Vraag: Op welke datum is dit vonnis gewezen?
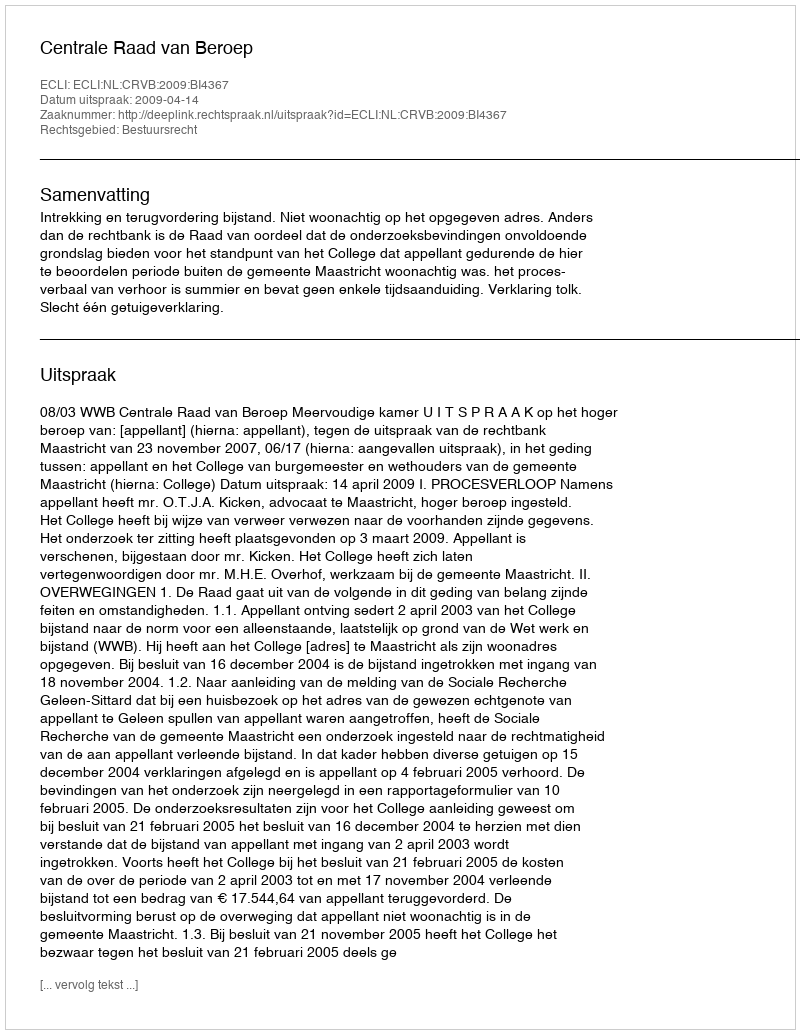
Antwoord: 2009-04-14